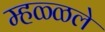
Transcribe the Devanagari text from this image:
म्हळ्ळले